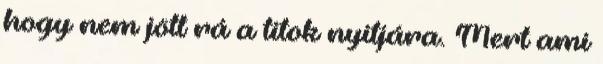
hogy nem jött rá a titok nyitjára. Mert ami